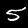
Label: 5